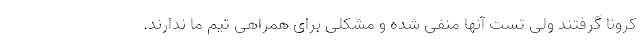
کرونا گرفتند ولی تست آنها منفی شده و مشکلی برای همراهی تیم ما ندارند.